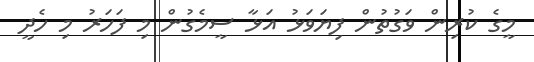
މީގެ ކުރިން ވަގުތުން ފިޔަވަޅު އަޅާ ސީމެގުން މި ފަހަރު މި ހެދީ